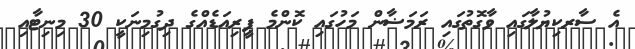
އެ ސާރކިޔުލާގައި ވާގޮތުގައި ރަމަޟާން މަހުގައި ކޮންމެ ޕީރިއަޑެއްގެ ދިގުމިނަކީ 30 މިނިޓާއި